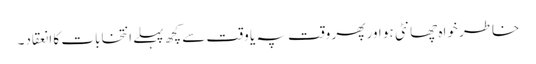
خاطر خواہ چھانٹی ہو اور پھر وقت پہ یا وقت سے کچھ پہلے انتخابات کا انعقاد۔